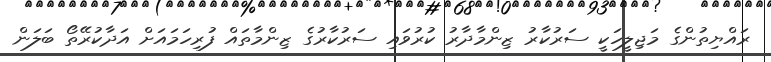
ރައްޔިތުންގެ މަޖިލީހަކީ ސަރުކާރު ޒިންމާދާރު ކުރުވައި ސަރުކާރުގެ ޒިންމާތައް ފުރިހަމައަށް އަދާކުރޭތޯ ބަލަން